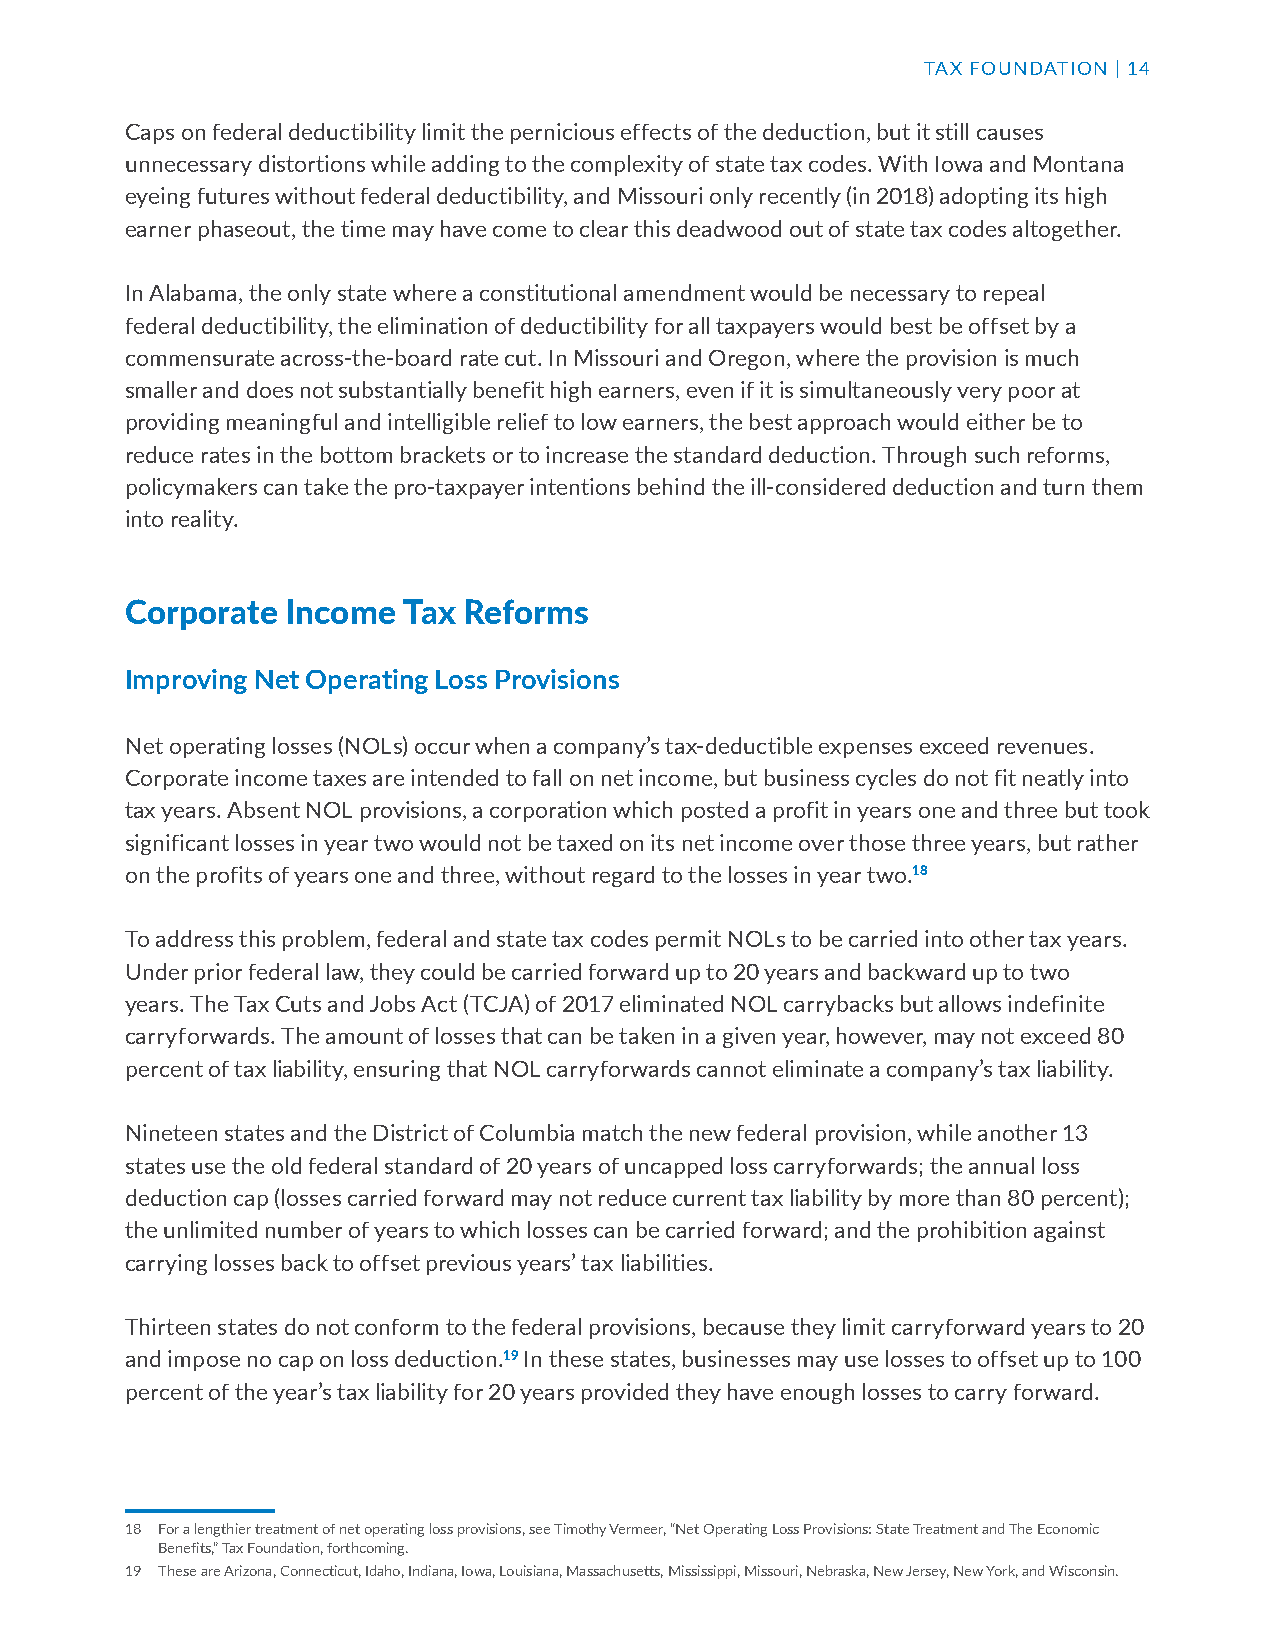
TAX FOUNDATION | 14
 Caps on federal deductibility limit the pernicious effects of the deduction, but it still causes
 unnecessary distortions while adding to the complexity of state tax codes. With Iowa and Montana
 eyeing futures without federal deductibility, and Missouri only recently (in 2018) adopting its high
 earner phaseout, the time may have come to clear this deadwood out of state tax codes altogether.
 In Alabama, the only state where a constitutional amendment would be necessary to repeal
 federal deductibility, the elimination of deductibility for all taxpayers would best be offset by a
 commensurate across-the-board rate cut. In Missouri and Oregon, where the provision is much
 smaller and does not substantially benefit high earners, even if it is simultaneously very poor at
 providing meaningful and intelligible relief to low earners, the best approach would either be to
 reduce rates in the bottom brackets or to increase the standard deduction. Through such reforms,
 policymakers can take the pro-taxpayer intentions behind the ill-considered deduction and turn them
 into reality.
 Corporate  Income  Tax Reforms
 Improving Net Operating Loss Provisions
 Net operating losses (NOLs) occur when a company’s tax-deductible expenses exceed revenues.
 Corporate income taxes are intended to fall on net income, but business cycles do not fit neatly into
 tax years. Absent NOL provisions, a corporation which posted a profit in years one and three but took
 significant losses in year two would not be taxed on its net income over those three years, but rather
 on the profits of years one and three, without regard to the losses in year two.18
 To address this problem, federal and state tax codes permit NOLs to be carried into other tax years.
 Under prior federal law, they could be carried forward up to 20 years and backward up to two
 years. The Tax Cuts and Jobs Act (TCJA) of 2017 eliminated NOL carrybacks but allows indefinite
 carryforwards. The amount of losses that can be taken in a given year, however, may not exceed 80
 percent of tax liability, ensuring that NOL carryforwards cannot eliminate a company’s tax liability.
 Nineteen states and the District of Columbia match the new federal provision, while another 13
 states use the old federal standard of 20 years of uncapped loss carryforwards; the annual loss
 deduction cap (losses carried forward may not reduce current tax liability by more than 80 percent);
 the unlimited number of years to which losses can be carried forward; and the prohibition against
 carrying losses back to offset previous years’ tax liabilities.
 Thirteen states do not conform to the federal provisions, because they limit carryforward years to 20
 and impose no cap on loss deduction.19 In these states, businesses may use losses to offset up to 100
 percent of the year’s tax liability for 20 years provided they have enough losses to carry forward.
 18 For a lengthier treatment of net operating loss provisions, see Timothy Vermeer, “Net Operating Loss Provisions: State Treatment and The Economic
 Benefits,” Tax Foundation, forthcoming.
 19 These are Arizona, Connecticut, Idaho, Indiana, Iowa, Louisiana, Massachusetts, Mississippi, Missouri, Nebraska, New Jersey, New York, and Wisconsin.